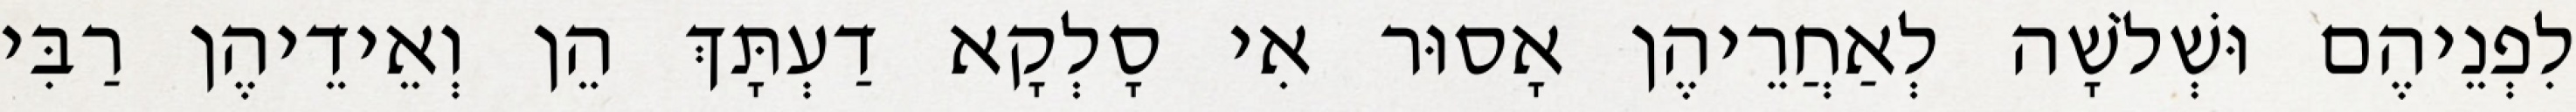
לִפְנֵיהֶם וּשְׁלֹשָׁה לְאַחֲרֵיהֶן אָסוּר אִי סָלְקָא דַעְתָּךְ הֵן וְאֵידֵיהֶן רַבִּי